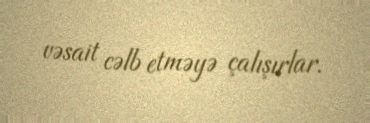
vəsait cəlb etməyə çalışırlar.